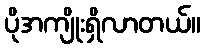
ပိုအကျိုးရှိလာတယ်။